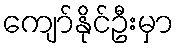
ကျော်နိုင်ဦးမှာ